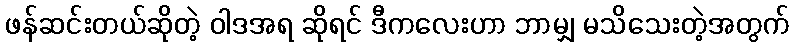
ဖန်ဆင်းတယ်ဆိုတဲ့ ဝါဒအရ ဆိုရင် ဒီကလေးဟာ ဘာမျှ မသိသေးတဲ့အတွက်